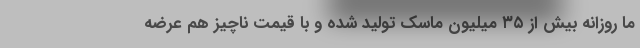
ما روزانه بیش از ۳۵ میلیون ماسک تولید شده و با قیمت ناچیز هم عرضه